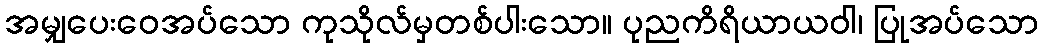
အမျှပေးဝေအပ်သော ကုသိုလ်မှတစ်ပါးသော။ ပုညကိရိယာယဝါ၊ ပြုအပ်သော